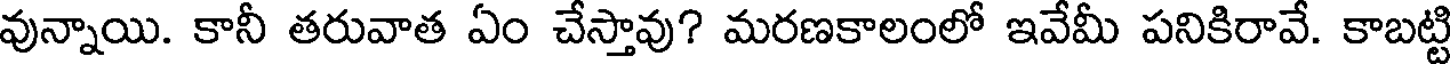
వున్నాయి. కానీ తరువాత ఏం చేస్తావు? మరణకాలంలో ఇవేమీ పనికిరావే. కాబట్టి